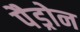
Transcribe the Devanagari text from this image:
पैड्रोन